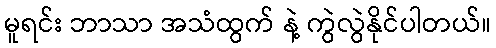
မူရင်း ဘာသာ အသံထွက် နဲ့ ကွဲလွဲနိုင်ပါတယ်။